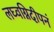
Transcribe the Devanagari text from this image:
लघ्वग्निदीपनं